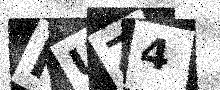
Text: KUZ4